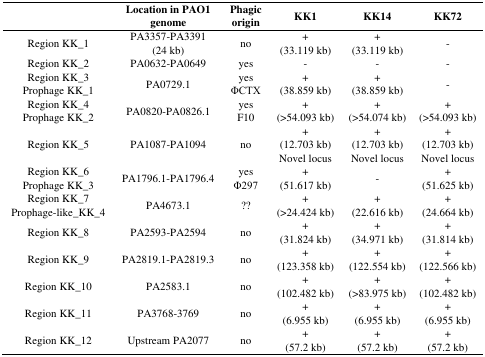
|  | Location in PAO1 genome | Phagic origin | KK1 | KK14 | KK72 |
 | --- | --- | --- | --- | --- | --- |
 | Region KK_1 | PA3357-PA3391 (24 kb) | no | +(33.119 kb) | +(33.119 kb) | - |
 | Region KK_2 | PA0632-PA0649 | yes | - | - | - |
 | Region KK_3Prophage KK_1 | PA0729.1 | yesΦCTX | +(38.859 kb) | +(38.859 kb) | - |
 | Region KK_4Prophage KK_2 | PA0820-PA0826.1 | yesF10 | +(>54.093 kb) | +(>54.074 kb) | +(>54.093 kb) |
 | Region KK_5 | PA1087-PA1094 | no | +(12.703 kb)Novel locus | +(12.703 kb)Novel locus | +(12.703 kb)Novel locus |
 | Region KK_6Prophage KK_3 | PA1796.1-PA1796.4 | yesΦ297 | +(51.617 kb) | - | +(51.625 kb) |
 | Region KK_7Prophage-like_KK_4 | PA4673.1 | ?? | +(>24.424 kb) | +(22.616 kb) | +(24.664 kb) |
 | Region KK_8 | PA2593-PA2594 | no | +(31.824 kb) | +(34.971 kb) | +(31.814 kb) |
 | Region KK_9 | PA2819.1-PA2819.3 | no | +(123.358 kb) | +(122.554 kb) | +(122.566 kb) |
 | Region KK_10 | PA2583.1 | no | +(102.482 kb) | +(>83.975 kb) | +(102.482 kb) |
 | Region KK_11 | PA3768-3769 | no | +(6.955 kb) | +(6.955 kb) | +(6.955 kb) |
 | Region KK_12 | Upstream PA2077 | no | +(57.2 kb) | +(57.2 kb) | +(57.2 kb) |